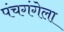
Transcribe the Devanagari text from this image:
पंचगंगेला